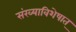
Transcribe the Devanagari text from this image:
संख्याविशेषात्